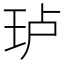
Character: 𰡵